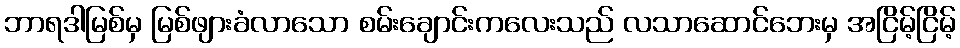
ဘာရဒါမြစ်မှ မြစ်ဖျားခံလာသော စမ်းချောင်းကလေးသည် လသာဆောင်ဘေးမှ အငြိမ့်ငြိမ့်